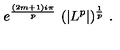
e ^ { \frac { ( 2 m + 1 ) i \pi } { p } } \ ( | L ^ { p } | ) ^ { \frac { 1 } { p } } \ .